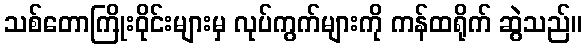
သစ်တောကြိုးဝိုင်းများမှ လုပ်ကွက်များကို ကန်ထရိုက် ဆွဲသည်။